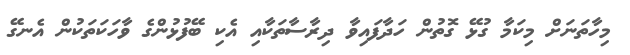
މިހާތަނަށް މިކަމާ ގުޅޭ ގޮތުން ހަދާފައިވާ ދިރާސާތަކާއި އެކި ބޭފުޅުންގެ ވާހަކަތަކުން އެނގޭ